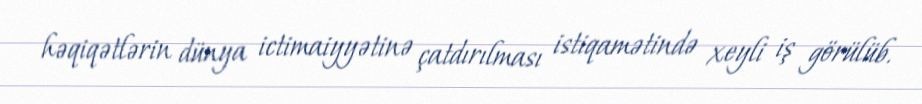
həqiqətlərin dünya ictimaiyyətinə çatdırılması istiqamətində xeyli iş görülüb.